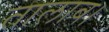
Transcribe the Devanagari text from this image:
तालाब।